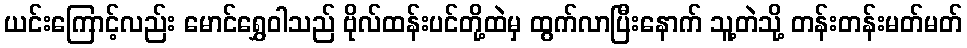
ယင်းကြောင့်လည်း မောင်ရွှေဝါသည် ဗိုလ်ထန်းပင်တို့ထဲမှ ထွက်လာပြီးနောက် သူ့တဲသို့ တန်းတန်းမတ်မတ်